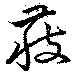
獲